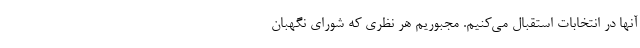
آنها در انتخابات استقبال می‌کنیم. مجبوریم هر نظری که شورای نگهبان